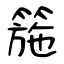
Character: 箷